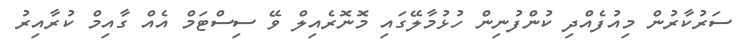
ސަރުކާރުން މިއުފެއްދި ކުންފުނިން ހުޅުމާލޭގައި މޮނޮރެއިލް ވޭ ސިސްޓަމް އެއް ގާއިމް ކުރާއިރު